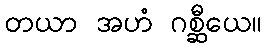
တယာ အဟံ ဂစ္ဆီယေ။